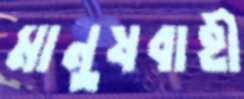
মানুষবাহী